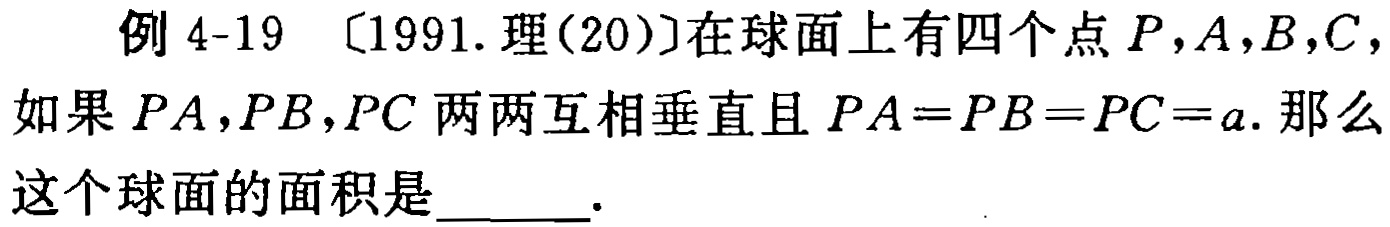
例 4-19 〔1991. 理(20)〕在球面上有四个点 \(P,A,B,C\)，如果 \(PA,PB,PC\) 两两互相垂直且 \(PA = PB = PC = a\). 那么这个球面的面积是______.